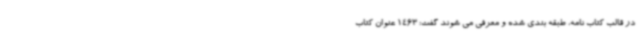
در قالب کتاب نامه، طبقه بندی شده و معرفی می شوند گفت: 1463 عنوان کتاب